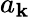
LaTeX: a_{\mathbf{k}}